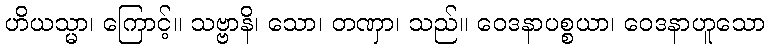
ဟိယသ္မာ၊ ကြောင့်။ သဗ္ဗာနိ၊ သော၊ တဏှာ၊ သည်။ ဝေဒနာပစ္စယာ၊ ဝေဒနာဟူသော